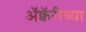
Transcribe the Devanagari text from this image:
अॅक्वॅरीच्या